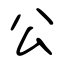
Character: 公